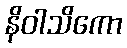
နိဝါသိကော